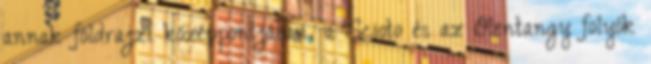
annak földrajzi középpontjában, a Scioto és az Olentangy folyók